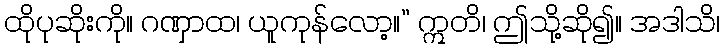
ထိုပုဆိုးကို။ ဂဏှာထ၊ ယူကုန်လော့။” ဣတိ၊ ဤသို့ဆို၍။ အဒါသိ၊